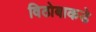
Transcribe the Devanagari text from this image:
विठोबाकडे